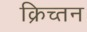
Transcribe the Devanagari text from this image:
क्रिच्तन